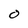
Character: 0